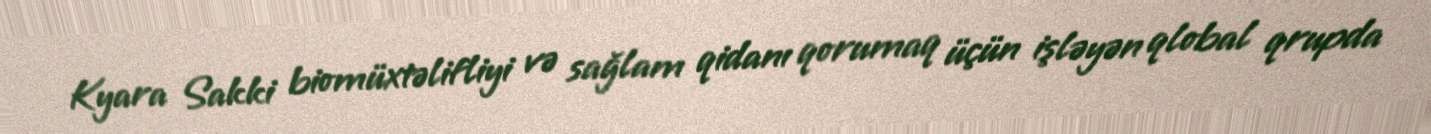
Kyara Sakki biomüxtəlifliyi və sağlam qidanı qorumaq üçün işləyən qlobal qrupda